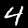
Label: 4